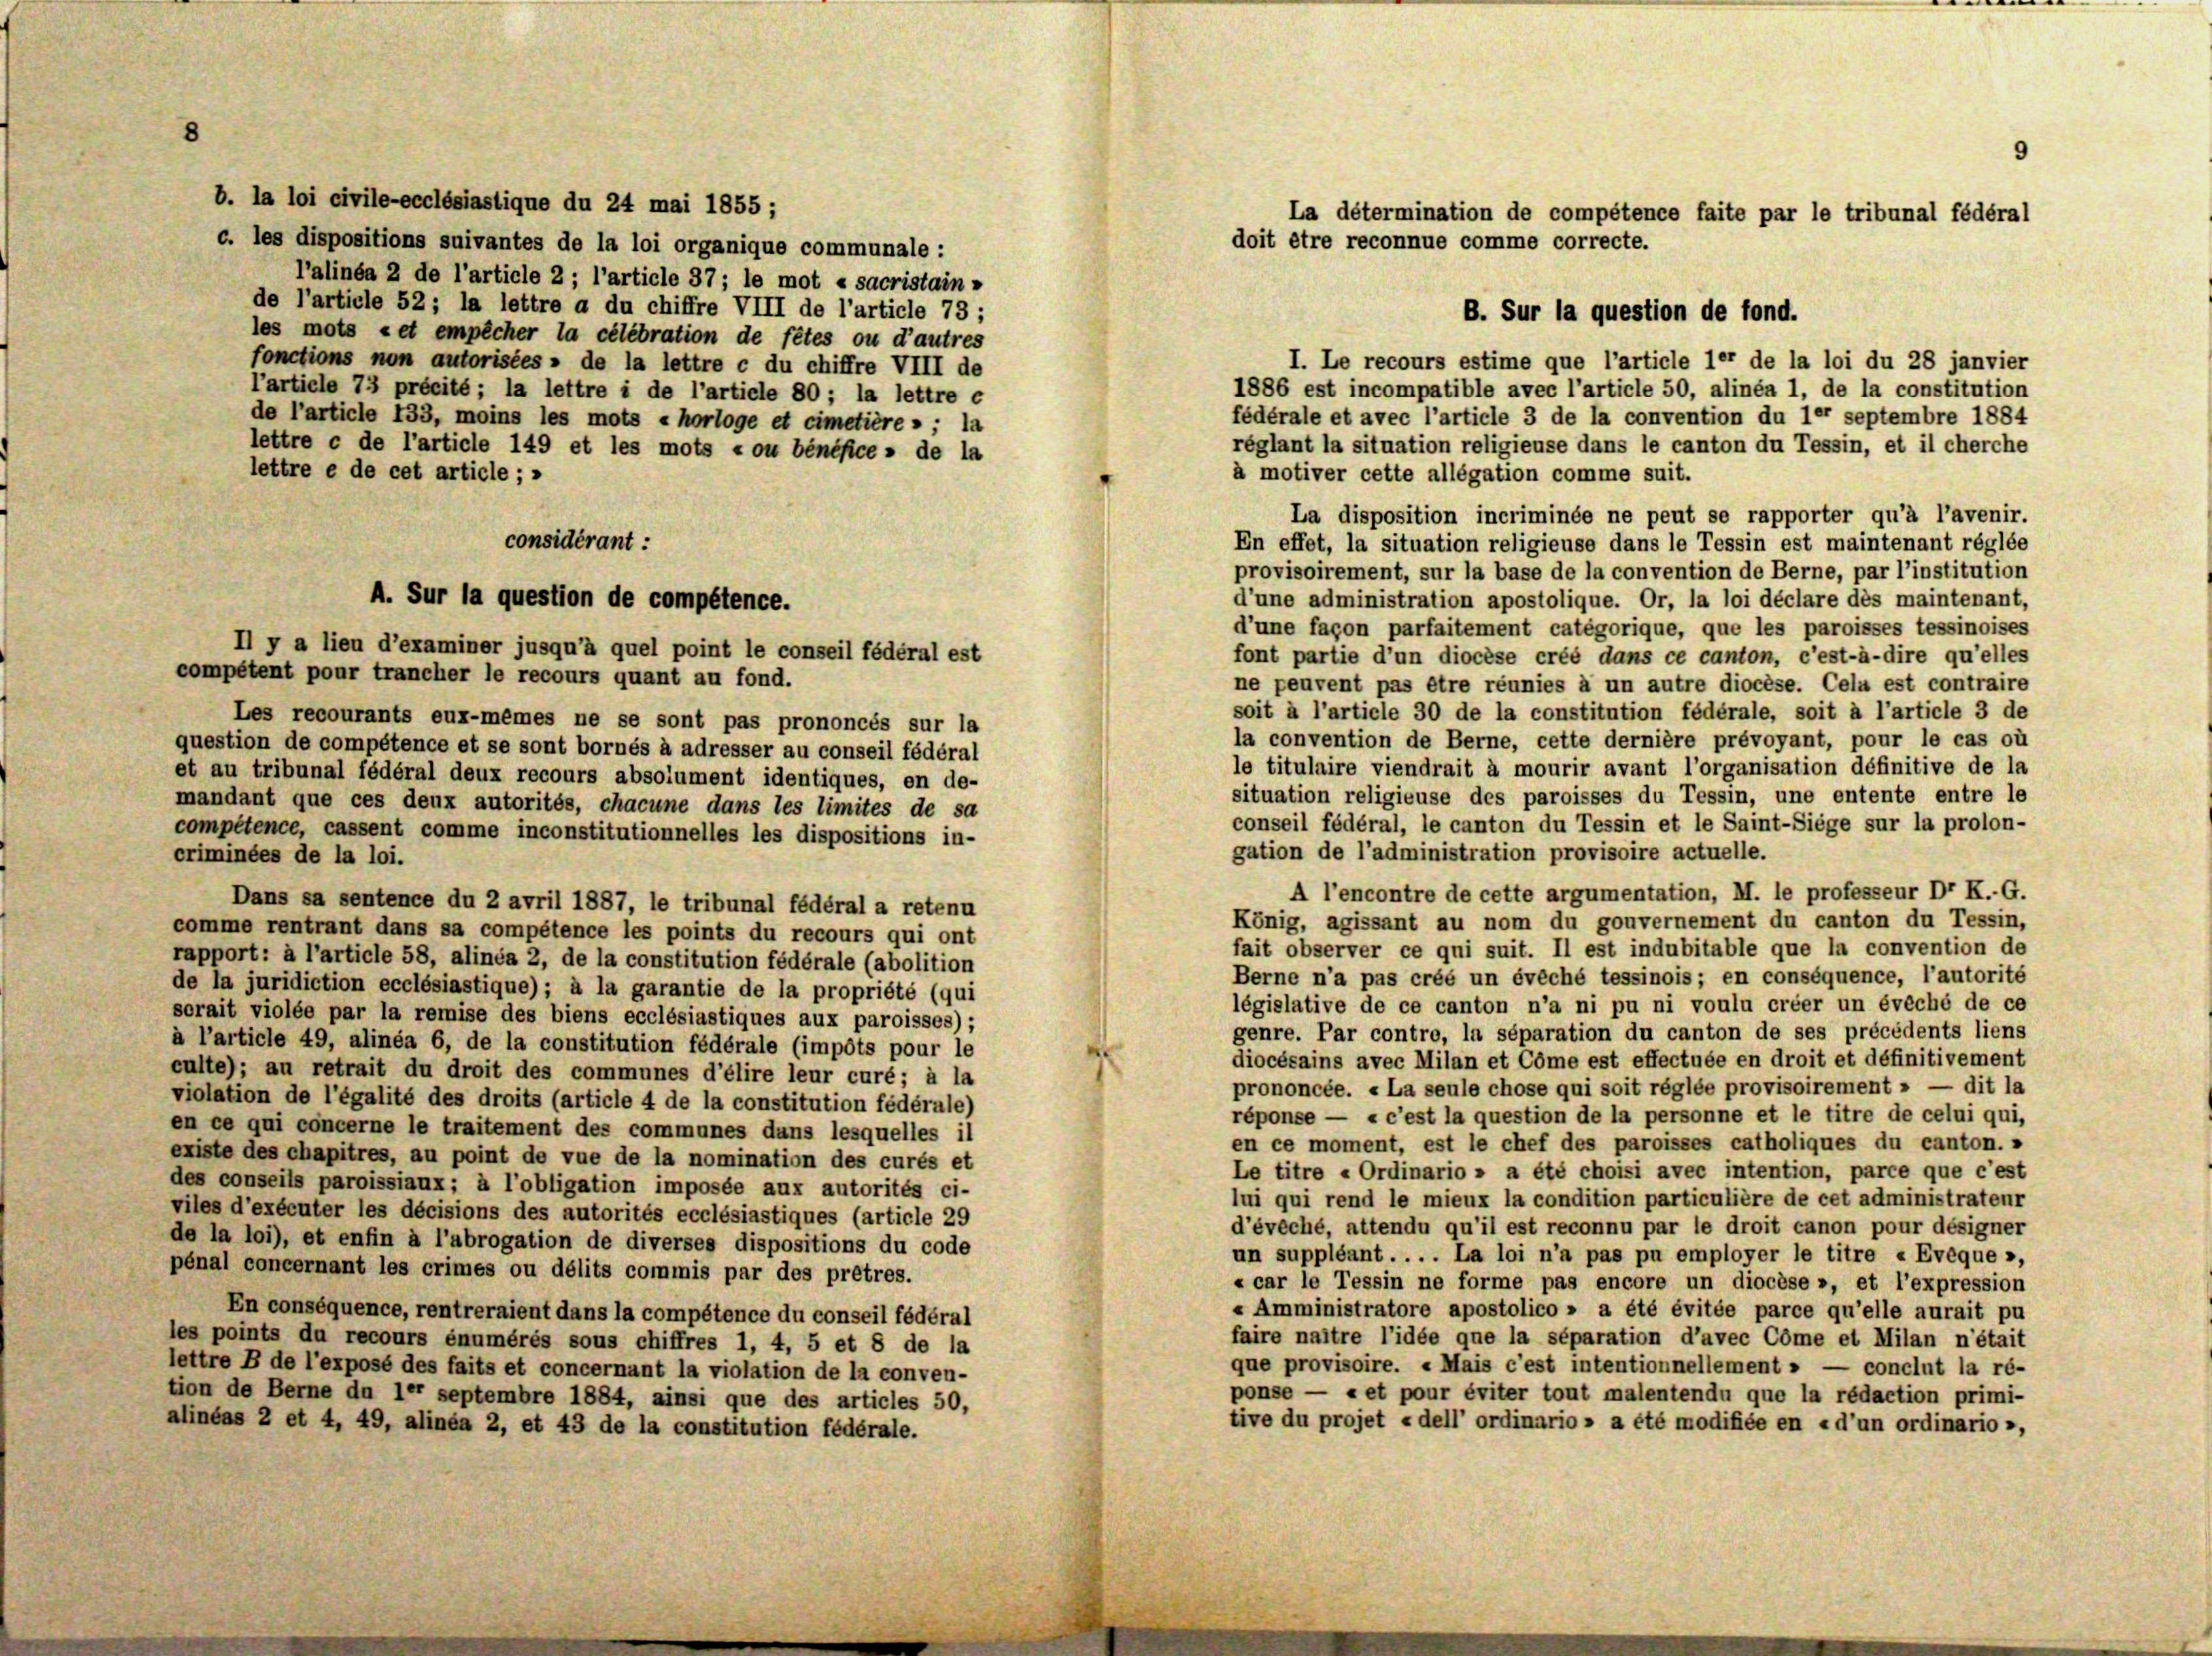
8

b. la loi civile-ecclésiastique du 24 mai 1855;
c. les dispositions suivantes de la loi organique communale :
l’alinéa 2 de l’article 2 ; l’article 37; le mot « sacristain-
de l’article 52; la lettre a du chiffre VIII de l’article 73;
les mots «et empêcher la célébration de fêtes ou d’autres
I. Le recours estime que l’article 1er de la loi du 28 janvier
fonctions non autorisées » de la lettre c du chiffre VIII de
1886 est incompatible avec l’article 50, alinea 1, de la constitution
l’article 73 précité; la lettre i de l’article 80; la lettre e
fédérale et avec l’article 3 de la convention du 1er septembre 1884
de l’article 133, moins les mots « horloge et cimetière » ; la
réglant la situation religieuse dans le canton du Tessin, et il cherche
lettre c de l’article 149 et les mots « ou bénéfice - de la
lettre e de cet article ; »
à motiver cette allégation comme suit.
La disposition incriminée ne peut se rapporter qu’à l’avenir.
considérant:
En effet, la situation religieuse dans le Tessin est maintenant réglée
provisoirement, sur la base de la convention de Berne, par l’institution
d’une administration apostolique. Or, la loi déclare dès maintenant,
d’une façon parfaitement catégorique, que les paroisses tessinoises
font partie d’un diocèse créé dans ce canton, c’est-à-dire qu’elles
compétent pour trancher le recours quant au fond.
ne peuvent pas être réunies à un autre diocèse. Cela est contraire
soit à l’article 30 de la constitution fédérale, soit à l’article 3 de
Les recourants eux-mêmes ne se sont pas prononcés sur la
la convention de Berne, cette dernière prévoyant, pour le cas où
question de compétence et se sont bornés à adresser au conseil fédéral
le titulaire viendrait à mourir avant l’organisation définitive de la
et au tribunal fédéral deux recours absolument identiques, en de-
situation religieuse des paroisses du Tessin, une entente entre le
mandant que ces deux autorités, chacune dans les limites de sa
conseil fédéral, le canton du Tessin et le Saint-Siege sur la prolon-
compétence, cassent comme inconstitutionnelles les dispositions in-
gation de l’administration provisoire actuelle.
criminées de la loi.
A l’encontre de cette argumentation, M. le professeur Dr K. G.
Dans sa sentence du 2 avril 1887, le tribunal fédéral a retenu
König, agissant au nom du gouvernement du canton du Tessin,
comme rentrant dans sa compétence les points du recours qui ont
fait observer ce qui suit. Il est indubitable que la convention de
rapport: à l’article 58, alinea 2, de la constitution fédérale (abolition
Berne n’a pas créé un évêché tessinois; en conséquence, l’autorité
de la juridiction ecclésiastique); à la garantie de la propriété (qui
législative de ce canton n’a ni pu ni voulu créer un évêché de ce
sorait violée par la remise des biens ecclésiastiques aux paroisses);
genre. Par contro, la séparation du canton de ses précédents liens
à l’article 49, alinéa 6, de la constitution fédérale (impôts pour le
diocésains avec Milan et Cöme est effectuée en droit et définitivement
culte); au retrait du droit des communes d’élire leur curé; à la
prononcée. «La seule chose qui soit réglée provisoirement » — dit la
violation de l’égalité des droits (article 4 de la constitution fédérale)
réponse — « c’est la question de la personne et le titre de celui qui,
en ce qui concerne le traitement des communes dans lesquelles il
en ce moment, est le chef des paroisses catholiques du canton. »
existe des chapitres, au point de vue de la nomination des curés et
Le titre « Ordinario » a été choisi avec intention, parce que c’est
des conseils paroissiaux; à l’obligation imposée aux autorités ci-
lui qui rend le mieux la condition particulière de cet administrateur
viles d’exécuter les décisions des autorités ecclésiastiques (article 29
d’éveché, attendu qu’il est reconnu par le droit canon pour désigner
de la loi), et enfin à l’abrogation de diverses dispositions du code
un suppléant . . . . La loi n’a pas pu employer le titre «Evèque »,
pénal concernant les crimes ou délits commis par des pretres.
« car le Tessin ne forme pas encore un diocèse », et l’expression
« Amministratore apostolico » a été évitée parce qu’elle aurait pu
En conséquence, rentreraient dans la compétence du conseil fédéral
faire naître l’idée que la séparation d’avec Cöme et Milan n’était
les points du recours énumérés sous chiffres 1, 4, 5 et 8 de la
que provisoire. « Mais c’est intentionnellement» — conclut la ré-
lettre B de l’exposé des faits et concernant la violation de la conven-
ponse — « et pour éviter tout malentendu que la rédaction primi-
tion de Berne du 1er septembre 1884, ainsi que des articles 50,
tive du projet «dell’ ordinario » a été modifiée en «d’un ordinario »,
alineas 2 et 4, 49, alinea 2, et 43 de la constitution fédérale.

A. Sur la question de compétence.
Il y a lieu d’examiner jusqu’à quel point le conseil fédéral est

La détermination de compétence faite par le tribunal fédéral
doit être reconnue comme correcte.

B. Sur la question de fond.